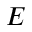
E